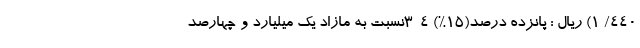
۴۴۰/ ۱) ریال : پانزده درصد(۱۵%) ۴-۳­نسبت به مازاد یک میلیارد و چهارصد